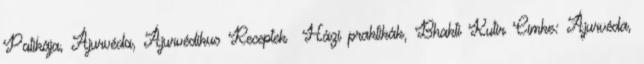
Patikája, Ájurvéda, Ájurvédikus Receptek Házi praktikák, Bhakti Kutir Címke: Ájurvéda,